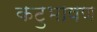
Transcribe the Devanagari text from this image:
कटुभाषण